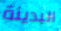
البدينة